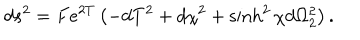
d s ^ { 2 } = F e ^ { 2 T } \left( - d T ^ { 2 } + d \chi ^ { 2 } + \sinh ^ { 2 } \chi d \Omega _ { 2 } ^ { 2 } \right) .